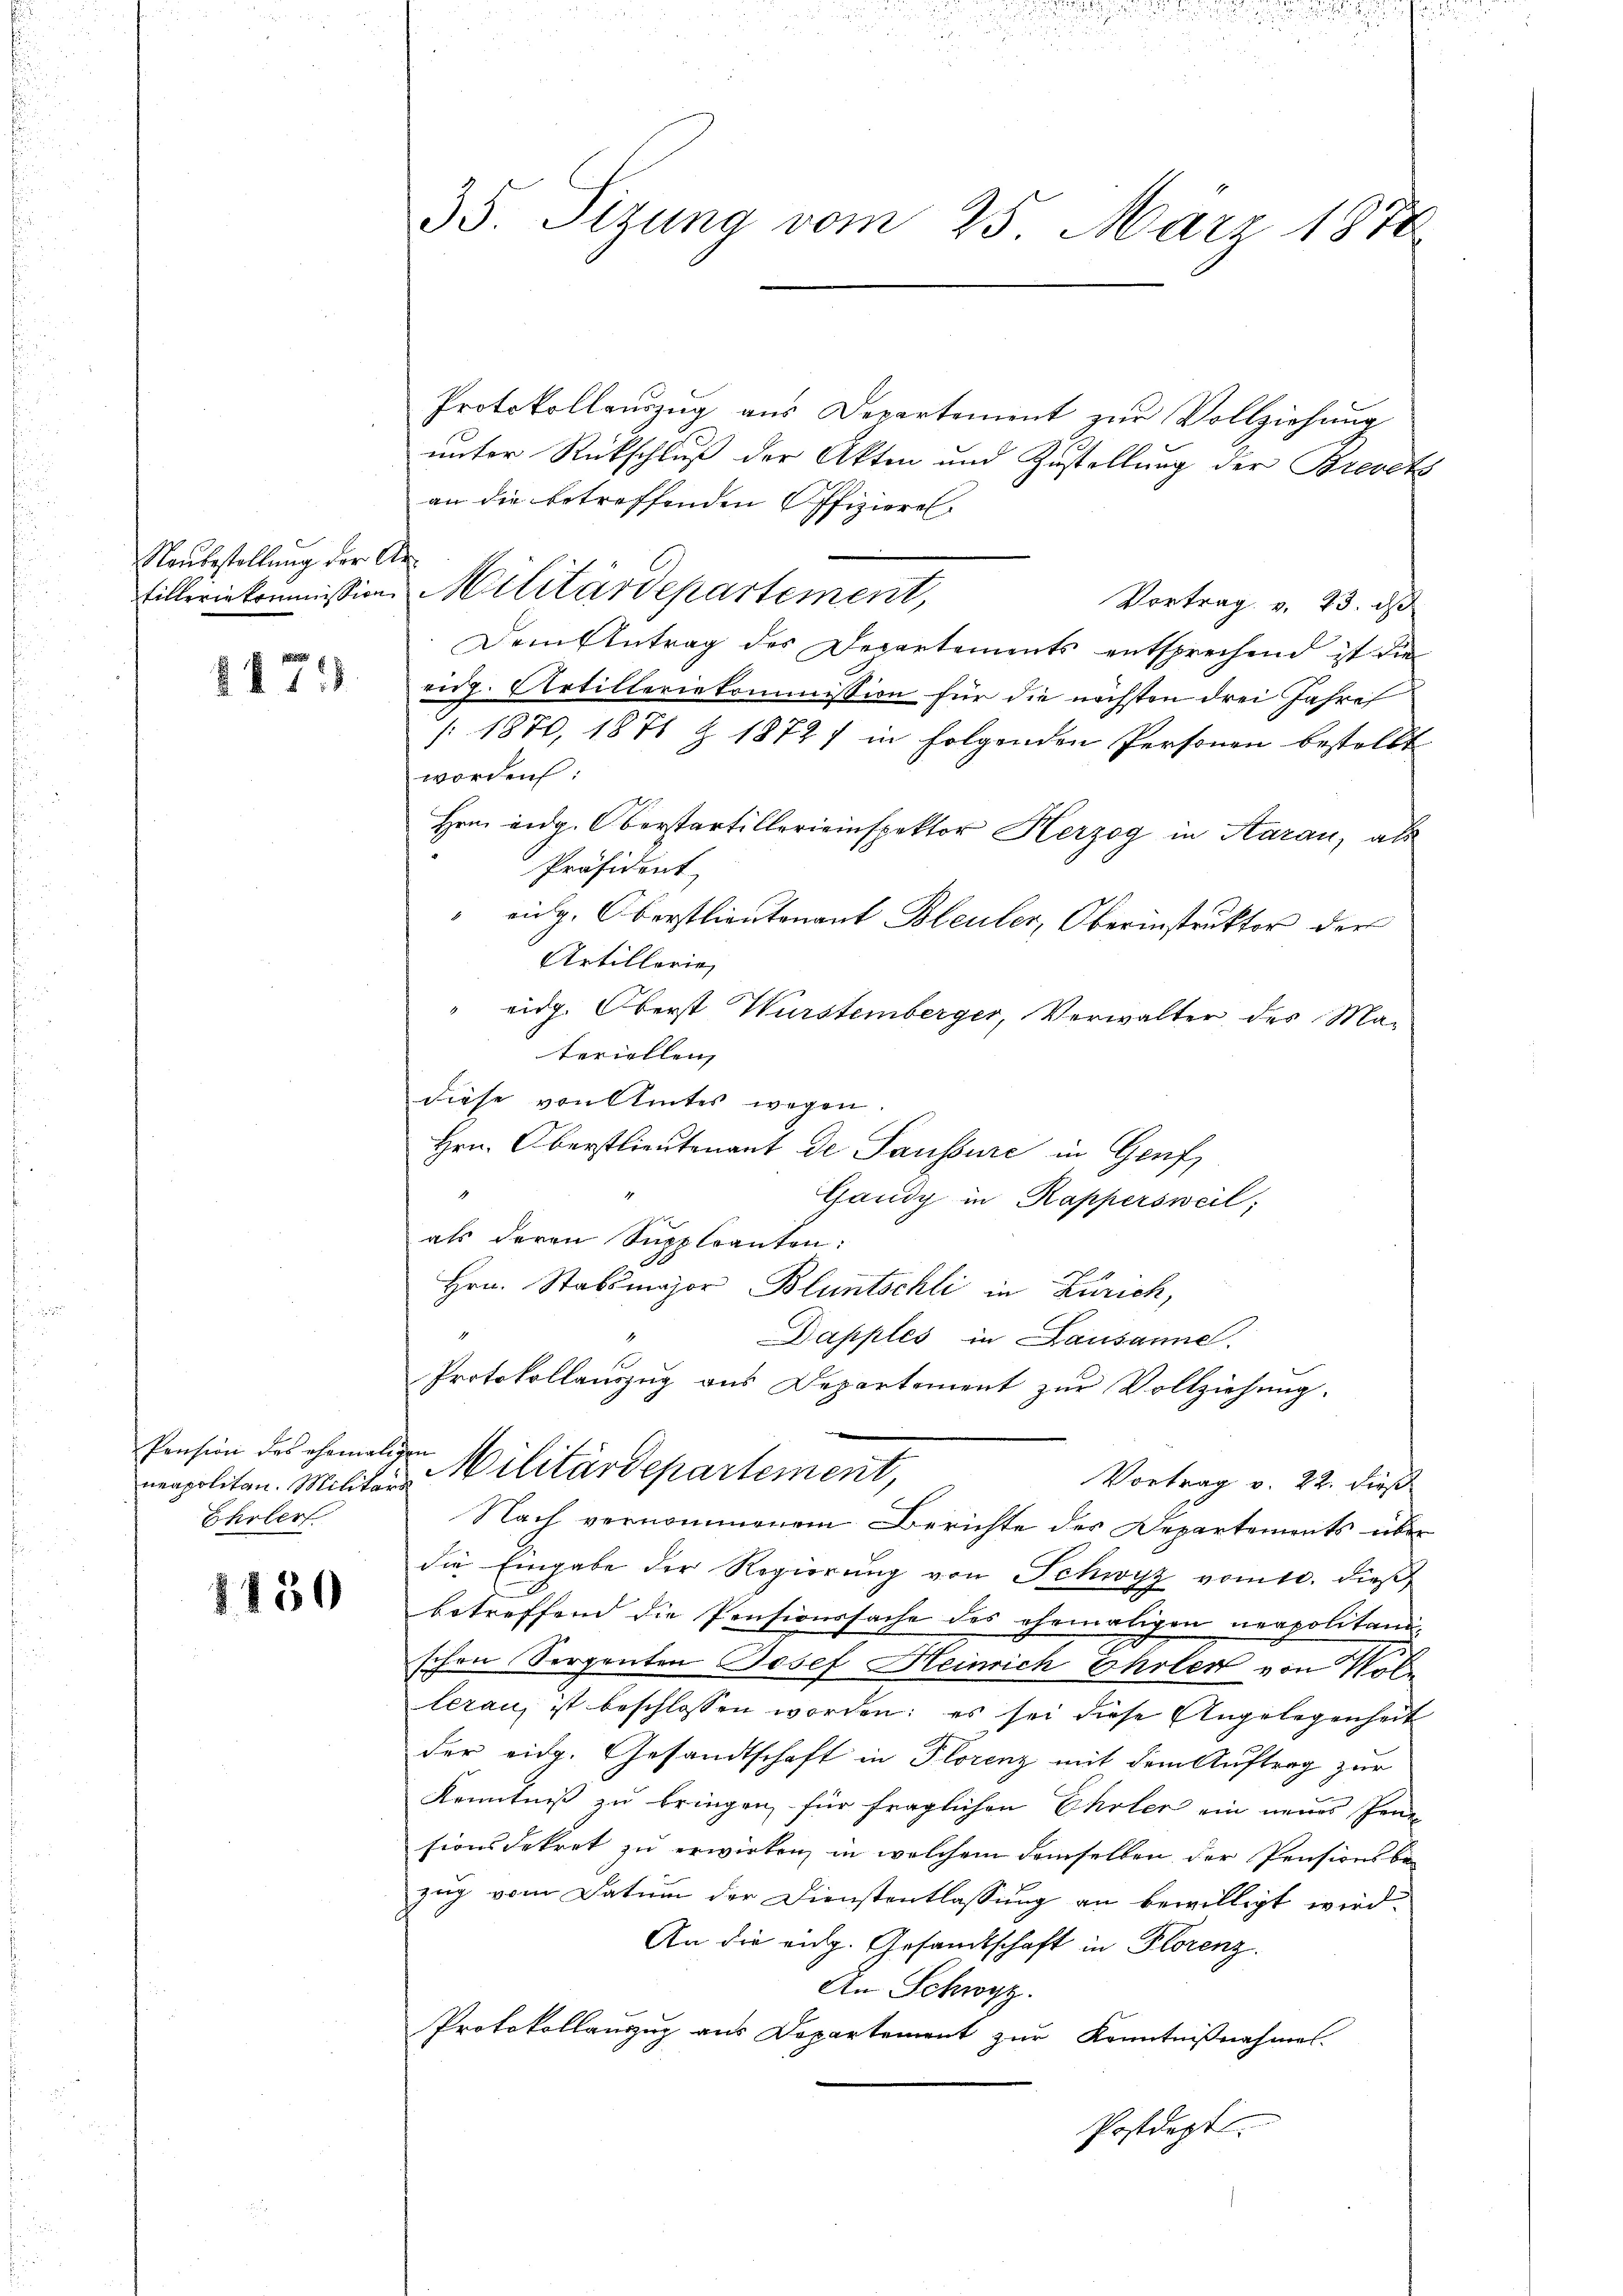
Naubestellung der An¬

8875

Pension des ehemaligen
Ehrler

1150

35. Sizung vom 25. März 1878

Protokollauszug aus Departement zur Vollziehung
unter Rückschluß der Akten und Zustellung der Brevets
an die betreffenden Offizieren
Vortrag v. 23. ds
Dem Antrag des Departements entsprechend ist die
rig. Artilleriekommission für die nächsten drei Jahre
[1870, 1871 Z 1872 / in folgenden Personen bestellt
worden:
Hrn. eidg. Oberstartillereinspektor Herzog in Saran, als
Präsident
" eidg. Oberstlieutenant Bleuler, Oberinstruktor der
Artillerie
eidg. Oberst Wurstemberger, Verwalter des Materiellen
diese von Amtes wegen.
Hrn. Oberstlieutenant de Saussure in Genf,
1
Gandy in Kappersweil;
als deren Suppleanten:
Hrn. Stabsmajor Bluntschli in Zürich,
Dapples in Lausanne.
Protokollauszug aus Departement zŭr Vollziehung.

filleriekommission Militärdepartement,

e
nenpolitan. Militar-Militärdepartement,

Vortrag v. 22. dieß
Nach vernommenem Berichte des Departements über
die Eingabe der Regierung von Schwyz vom 10. dieß
betreffend die Pensionssache des ehemaligen nerpolitanischon Serpenten Josef Heinrich Ehrler von Vollerau ist beschlossen worden: es sei diese Angelegenheit
der eidg. Gesandtschaft in Florenz mit dem Auftrag zur
Kenntniß zu bringen, für fraglichen Ehrler ein neues Penn
sionsdekret zu erwirken, in welchem demselben der Pensionsbezug vom Datum der Dienstentlassung an bewilligt wird.
An die entg. Gesandtschaft in Florenz.
An Schwyz.
Protokollanzug aus Departement zur Kenntnißnahmes
Postdept